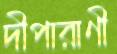
দীপারাণী